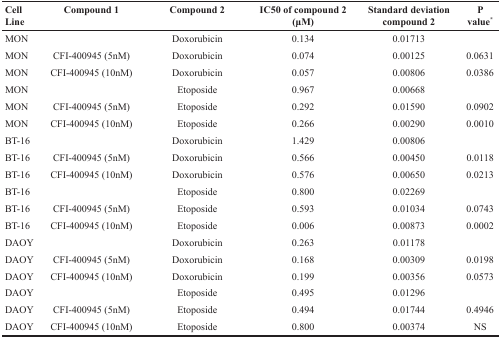
| Cell Line | Compound 1 | Compound 2 | IC50 of compound 2 (μM) | Standard deviation compound 2 | P value* |
 | --- | --- | --- | --- | --- | --- |
 | MON |  | Doxorubicin | 0.134 | 0.01713 |  |
 | MON | CFI-400945 (5nM) | Doxorubicin | 0.074 | 0.00125 | 0.0631 |
 | MON | CFI-400945 (10nM) | Doxorubicin | 0.057 | 0.00806 | 0.0386 |
 | MON |  | Etoposide | 0.967 | 0.00668 |  |
 | MON | CFI-400945 (5nM) | Etoposide | 0.292 | 0.01590 | 0.0902 |
 | MON | CFI-400945 (10nM) | Etoposide | 0.266 | 0.00290 | 0.0010 |
 | BT-16 |  | Doxorubicin | 1.429 | 0.00806 |  |
 | BT-16 | CFI-400945 (5nM) | Doxorubicin | 0.566 | 0.00450 | 0.0118 |
 | BT-16 | CFI-400945 (10nM) | Doxorubicin | 0.576 | 0.00650 | 0.0213 |
 | BT-16 |  | Etoposide | 0.800 | 0.02269 |  |
 | BT-16 | CFI-400945 (5nM) | Etoposide | 0.593 | 0.01034 | 0.0743 |
 | BT-16 | CFI-400945 (10nM) | Etoposide | 0.006 | 0.00873 | 0.0002 |
 | DAOY |  | Doxorubicin | 0.263 | 0.01178 |  |
 | DAOY | CFI-400945 (5nM) | Doxorubicin | 0.168 | 0.00309 | 0.0198 |
 | DAOY | CFI-400945 (10nM) | Doxorubicin | 0.199 | 0.00356 | 0.0573 |
 | DAOY |  | Etoposide | 0.495 | 0.01296 |  |
 | DAOY | CFI-400945 (5nM) | Etoposide | 0.494 | 0.01744 | 0.4946 |
 | DAOY | CFI-400945 (10nM) | Etoposide | 0.800 | 0.00374 | NS |